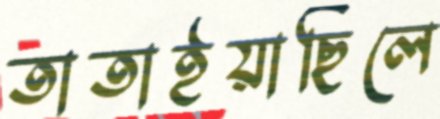
তাতাইয়াছিলে